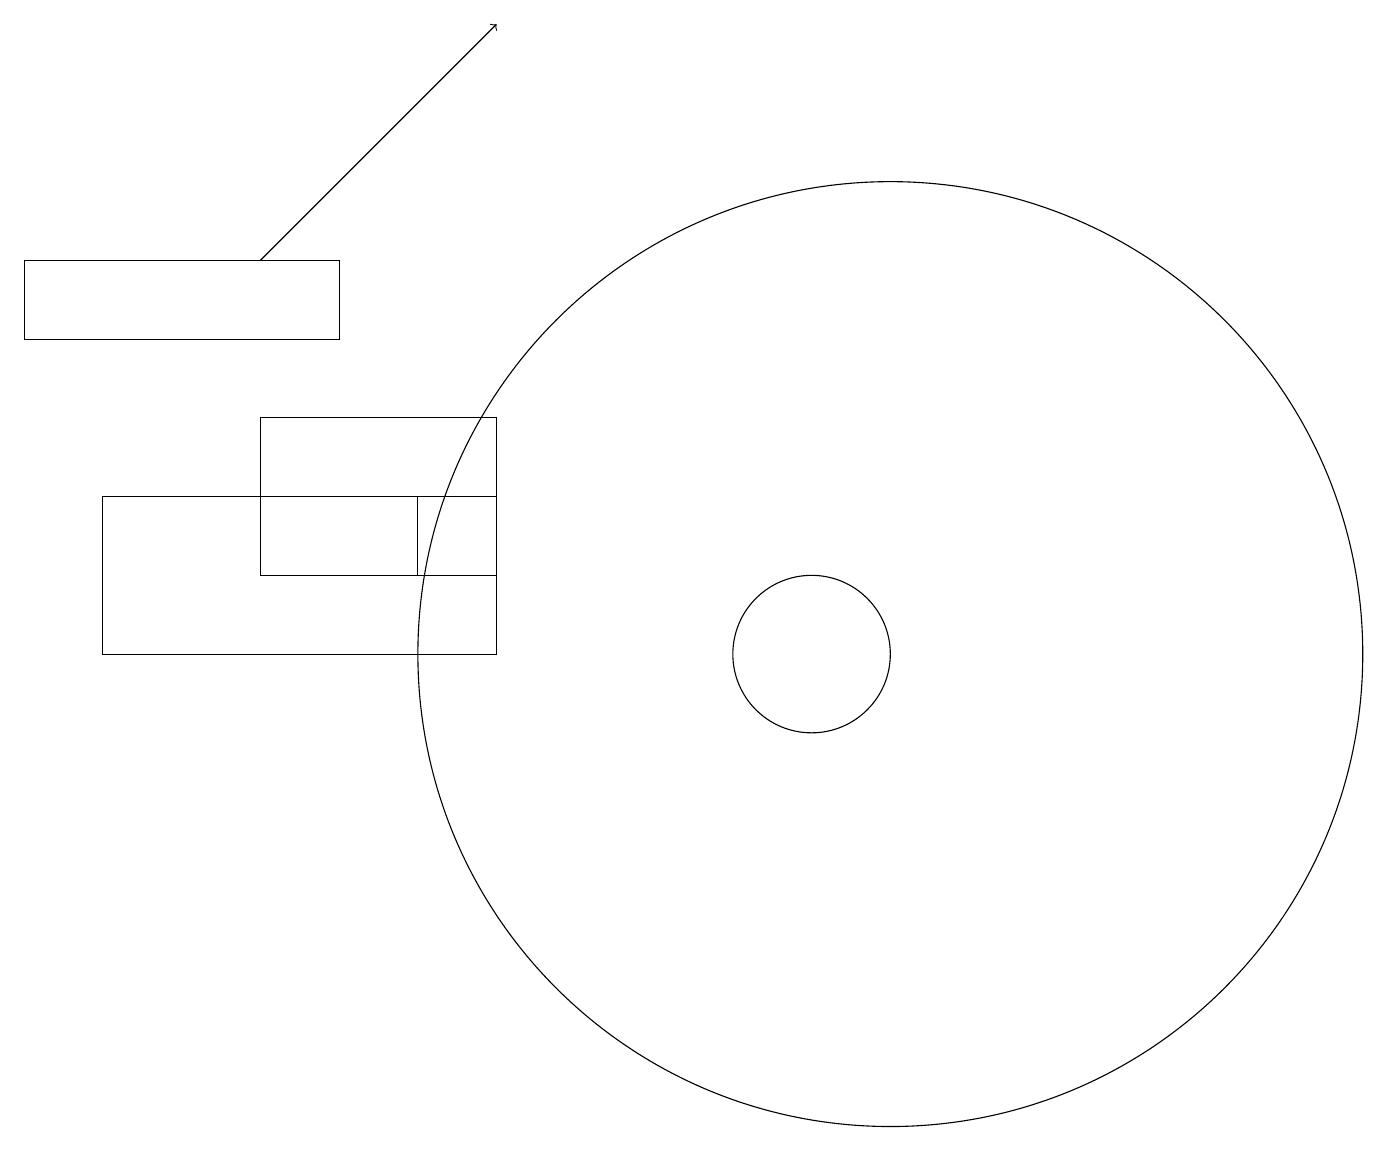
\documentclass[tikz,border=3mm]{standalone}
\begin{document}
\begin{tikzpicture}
\draw (5,12) rectangle (3,11);
\draw (6,11) rectangle (3,13);
\draw (6,12) rectangle (1,10);
\draw (4,15) rectangle (0,14);
\draw[->] (3,15) -- (6,18);
\draw (11,10) circle (6);
\draw (10,10) circle (1);
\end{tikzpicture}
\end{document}